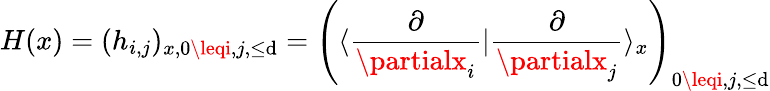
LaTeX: H(x)=(h_{i,j})_{x,0\leqi,j,\leq\mathrm{d}}=\left(\langle\frac{{\partial}}{{\partialx_{i}}}|\frac{{\partial}}{{\partialx_{j}}}\rangle_{x}\right)_{0\leqi,j,\leq\mathrm{d}}